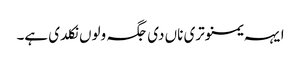
ایہہ یمنوتری ناں دی جگہ ولوں نکلدی ہے۔